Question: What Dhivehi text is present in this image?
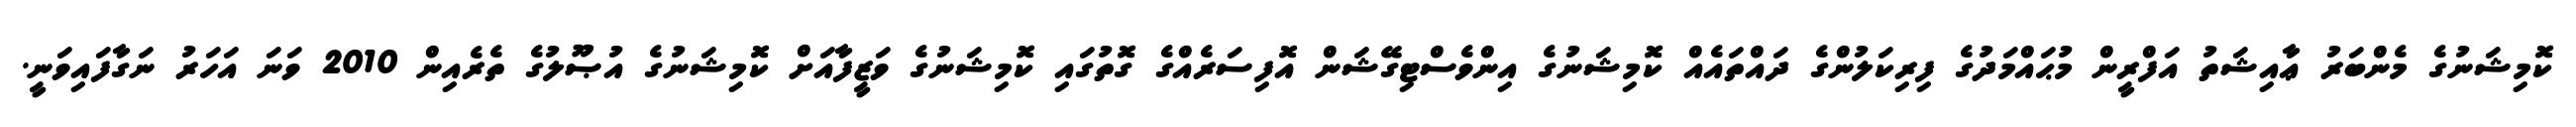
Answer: ކޮމިޝަނުގެ މެންބަރު ޢާއިޝަތު އަފްރީން މުޙައްމަދުގެ ފިރިކަލުންގެ ދައްތައެއް ކޮމިޝަނުގެ އިންވެސްޓިގޭޝަން އޮފިސަރެއްގެ ގޮތުގައި ކޮމިޝަނުގެ ވަޒީފާއަށް ކޮމިޝަނުގެ އުޞޫލުގެ ތެރެއިން 2010 ވަނަ އަހަރު ނަގާފައިވަނީ.